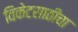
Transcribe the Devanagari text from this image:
विकेटसाठीचा